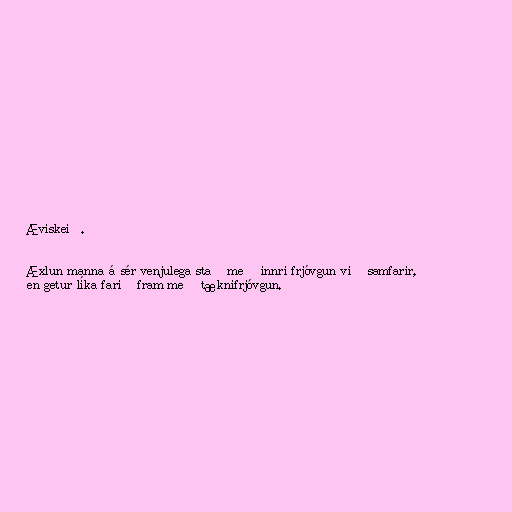
Æviskeið.

Æxlun manna á sér venjulega stað með innri frjóvgun við samfarir,
en getur líka farið fram með tæknifrjóvgun.